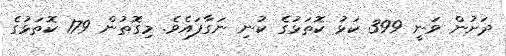
ދަށުން ވަނީ 399 ކަޅު ކޮތަޅުގެ ކުނި ނަގާފައެވެ. މިގޮތުން 179 ކޮތަޅުގެ